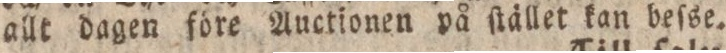
allt dagen före Auctionen på ſtället kan beſse.